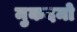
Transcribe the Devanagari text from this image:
मुकदमो